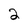
Character: 2